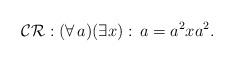
LaTeX: \begin{align*}\mathcal{CR}:(\forall\,a)(\exists x):\,a=a^{2}xa^{2}.\end{align*}